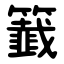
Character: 籖